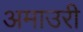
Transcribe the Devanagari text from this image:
अमाउरी